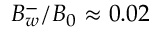
B _ { w } ^ { - } / B _ { 0 } \approx 0 . 0 2